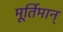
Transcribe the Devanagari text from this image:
मूर्तिमान्‌